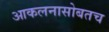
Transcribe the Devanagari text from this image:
आकलनासोबतच